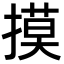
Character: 摸